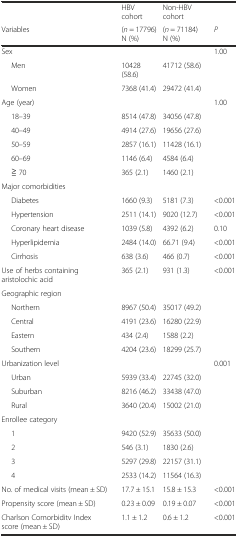
<table><thead><tr><td></td><td><b>HBV cohort</b></td><td><b>Non-HBV cohort</b></td><td></td></tr><tr><td><b>Variables</b></td><td><b>(<i>n</i> = 17796) N (%)</b></td><td><b>(<i>n</i> = 71184) N (%)</b></td><td><b><i>P</i></b></td></tr></thead><tbody><tr><td>Sex</td><td></td><td></td><td>1.00</td></tr><tr><td>Men</td><td>10428 (58.6)</td><td>41712 (58.6)</td><td></td></tr><tr><td>Women</td><td>7368 (41.4)</td><td>29472 (41.4)</td><td></td></tr><tr><td>Age (year)</td><td></td><td></td><td>1.00</td></tr><tr><td>18–39</td><td>8514 (47.8)</td><td>34056 (47.8)</td><td></td></tr><tr><td>40–49</td><td>4914 (27.6)</td><td>19656 (27.6)</td><td></td></tr><tr><td>50–59</td><td>2857 (16.1)</td><td>11428 (16.1)</td><td></td></tr><tr><td>60–69</td><td>1146 (6.4)</td><td>4584 (6.4)</td><td></td></tr><tr><td>≧ 70</td><td>365 (2.1)</td><td>1460 (2.1)</td><td></td></tr><tr><td>Major comorbidities</td><td></td><td></td><td></td></tr><tr><td>Diabetes</td><td>1660 (9.3)</td><td>5181 (7.3)</td><td>&lt;0.001</td></tr><tr><td>Hypertension</td><td>2511 (14.1)</td><td>9020 (12.7)</td><td>&lt;0.001</td></tr><tr><td>Coronary heart disease</td><td>1039 (5.8)</td><td>4392 (6.2)</td><td>0.10</td></tr><tr><td>Hyperlipidemia</td><td>2484 (14.0)</td><td>66.71 (9.4)</td><td>&lt;0.001</td></tr><tr><td>Cirrhosis</td><td>638 (3.6)</td><td>466 (0.7)</td><td>&lt;0.001</td></tr><tr><td>Use of herbs containing aristolochic acid</td><td>365 (2.1)</td><td>931 (1.3)</td><td>&lt;0.001</td></tr><tr><td>Geographic region</td><td></td><td></td><td></td></tr><tr><td>Northern</td><td>8967 (50.4)</td><td>35017 (49.2)</td><td></td></tr><tr><td>Central</td><td>4191 (23.6)</td><td>16280 (22.9)</td><td></td></tr><tr><td>Eastern</td><td>434 (2.4)</td><td>1588 (2.2)</td><td></td></tr><tr><td>Southern</td><td>4204 (23.6)</td><td>18299 (25.7)</td><td></td></tr><tr><td>Urbanization level</td><td></td><td></td><td>0.001</td></tr><tr><td>Urban</td><td>5939 (33.4)</td><td>22745 (32.0)</td><td></td></tr><tr><td>Suburban</td><td>8216 (46.2)</td><td>33438 (47.0)</td><td></td></tr><tr><td>Rural</td><td>3640 (20.4)</td><td>15002 (21.0)</td><td></td></tr><tr><td>Enrollee category</td><td></td><td></td><td></td></tr><tr><td>1</td><td>9420 (52.9)</td><td>35633 (50.0)</td><td></td></tr><tr><td>2</td><td>546 (3.1)</td><td>1830 (2.6)</td><td></td></tr><tr><td>3</td><td>5297 (29.8)</td><td>22157 (31.1)</td><td></td></tr><tr><td>4</td><td>2533 (14.2)</td><td>11564 (16.3)</td><td></td></tr><tr><td>No. of medical visits (mean ± SD)</td><td>17.7 ± 15.1</td><td>15.8 ± 15.3</td><td>&lt;0.001</td></tr><tr><td>Propensity score (mean ± SD)</td><td>0.23 ± 0.09</td><td>0.19 ± 0.07</td><td>&lt;0.001</td></tr><tr><td>Charlson Comorbiditv Index score (mean ± SD)</td><td>1.1 ± 1.2</td><td>0.6 ± 1.2</td><td>&lt;0.001</td></tr></tbody></table>